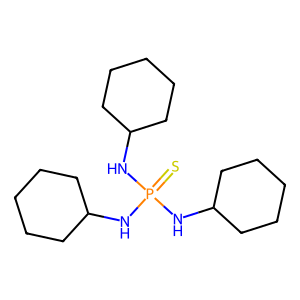
SMILES: S=P(NC1CCCCC1)(NC1CCCCC1)NC1CCCCC1
Inhibits HIV replication: No